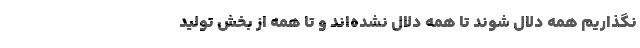
نگذاریم همه دلّال شوند تا همه دلال نشده‌اند و تا همه از بخش تولید